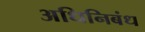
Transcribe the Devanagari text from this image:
अधिनिबंध